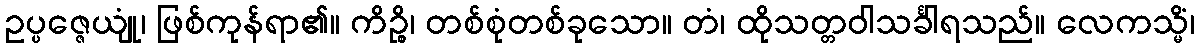
ဥပ္ပဇ္ဇေယျုံ၊ ဖြစ်ကုန်ရာ၏။ ကိဉ္စိ၊ တစ်စုံတစ်ခုသော။ တံ၊ ထိုသတ္တဝါသင်္ခါရသည်။ လေကသ္မိံ၊